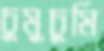
চুমুচুমি